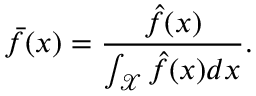
\bar { f } ( x ) = \frac { \hat { f } ( x ) } { \int _ { \mathcal { X } } \hat { f } ( x ) d x } .